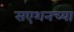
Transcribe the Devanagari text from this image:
सएशनच्या